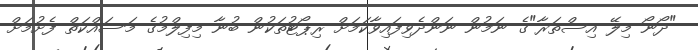
"ދޯނޯ މިލޭ އިސްތަރާ"ގެ ނަމުން ނަންދެވިފައިވާކަމަށް ރިޕޯޓުތަކުން ބުނާ މިފިލްމުގެ މަސައްކަތް ފެށުމަށް